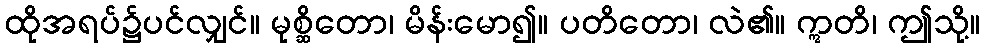
ထိုအရပ်၌ပင်လျှင်။ မုစ္ဆိတော၊ မိန်းမော၍။ ပတိတော၊ လဲ၏။ ဣတိ၊ ဤသို့။